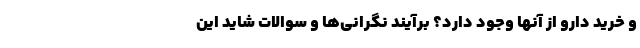
و خرید دارو از آنها وجود دارد؟ برآیند نگرانی‌ها و سوالات شاید این